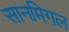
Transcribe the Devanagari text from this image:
सानमिगल